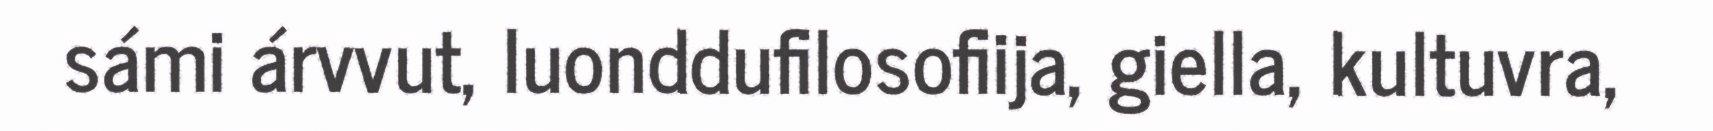
sámi árvvut, luonddufilosofiija, giella, kultuvra,